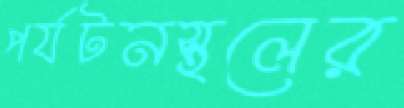
পর্যটনস্থলের